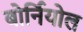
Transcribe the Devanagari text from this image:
बोर्नियोल